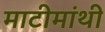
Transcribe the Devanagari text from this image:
माटीमांथी